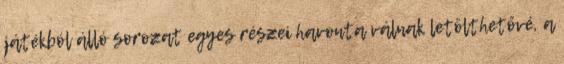
játékból álló sorozat egyes részei havonta válnak letölthetővé, a